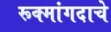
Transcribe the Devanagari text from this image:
रूक्मांगदाचे